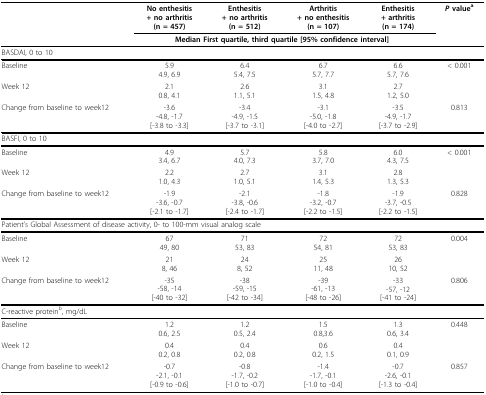
<table><thead><tr><td></td><td><b>No enthesitis+ no arthritis(n = 457)</b></td><td><b>Enthesitis+ no arthritis(n = 512)</b></td><td><b>Arthritis+ no enthesitis(n = 107)</b></td><td><b>Enthesitis+ arthritis(n = 174)</b></td><td><b><i>P </i>value<sup>a</sup></b></td></tr><tr><td></td><td colspan="4"><b>Median First quartile, third quartile [95% confidence interval]</b></td><td></td></tr></thead><tbody><tr><td colspan="6">BASDAI, 0 to 10</td></tr><tr><td>Baseline</td><td>5.94.9, 6.9</td><td>6.45.4, 7.5</td><td>6.75.7, 7.7</td><td>6.65.7, 7.6</td><td>&lt; 0.001</td></tr><tr><td>Week 12</td><td>2.10.8, 4.1</td><td>2.61.1, 5.1</td><td>3.11.5, 4.8</td><td>2.71.2, 5.0</td><td></td></tr><tr><td>Change from baseline to week12</td><td>-3.6-4.8, -1.7[-3.8 to -3.3]</td><td>-3.4-4.9, -1.5[-3.7 to -3.1]</td><td>-3.1-5.0, -1.8[-4.0 to -2.7]</td><td>-3.5-4.9, -1.7[-3.7 to -2.9]</td><td>0.813</td></tr><tr><td colspan="6">BASFI, 0 to 10</td></tr><tr><td>Baseline</td><td>4.93.4, 6.7</td><td>5.74.0, 7.3</td><td>5.83.7, 7.0</td><td>6.04.3, 7.5</td><td>&lt; 0.001</td></tr><tr><td>Week 12</td><td>2.21.0, 4.3</td><td>2.71.0, 5.1</td><td>3.11.4, 5.3</td><td>2.81.3, 5.3</td><td></td></tr><tr><td>Change from baseline to week12</td><td>-1.9-3.6, -0.7[-2.1 to -1.7]</td><td>-2.1-3.8, -0.6[-2.4 to -1.7]</td><td>-1.8-3.2, -0.7[-2.2 to -1.5]</td><td>-1.9-3.7, -0.5[-2.2 to -1.5]</td><td>0.828</td></tr><tr><td colspan="6">Patient&#x27;s Global Assessment of disease activity, 0- to 100-mm visual analog scale</td></tr><tr><td>Baseline</td><td>6749, 80</td><td>7153, 83</td><td>7254, 81</td><td>7253, 83</td><td>0.004</td></tr><tr><td>Week 12</td><td>218, 46</td><td>248, 52</td><td>2511, 48</td><td>2610, 52</td><td></td></tr><tr><td>Change from baseline to week12</td><td>-35-58, -14[-40 to -32]</td><td>-38-59, -15[-42 to -34]</td><td>-39-61, -13[-48 to -26]</td><td>-33-57, -12[-41 to -24]</td><td>0.806</td></tr><tr><td colspan="6">C-reactive protein<sup>b</sup>, mg/dL</td></tr><tr><td>Baseline</td><td>1.20.6, 2.5</td><td>1.20.5, 2.4</td><td>1.50.8,3.6</td><td>1.30.6, 3.4</td><td>0.448</td></tr><tr><td>Week 12</td><td>0.40.2, 0.8</td><td>0.40.2, 0.8</td><td>0.60.2, 1.5</td><td>0.40.1, 0.9</td><td></td></tr><tr><td>Change from baseline to week12</td><td>-0.7-2.1, -0.1[-0.9 to -0.6]</td><td>-0.8-1.7, -0.2[-1.0 to -0.7]</td><td>-1.4-1.7, -0.1[-1.0 to -0.4]</td><td>-0.7-2.6, -0.1[-1.3 to -0.4]</td><td>0.857</td></tr></tbody></table>